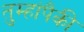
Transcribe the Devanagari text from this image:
तुम्हांपैकी